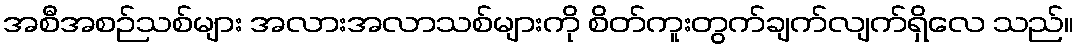
အစီအစဉ်သစ်များ အလားအလာသစ်များကို စိတ်ကူးတွက်ချက်လျက်ရှိလေ သည်။